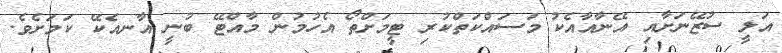
އަލީ ސުޒޭނަށާއި އޭނާއާއެކު މަސައްކަތްކުރި ޓީމަށްތޯ އެހުމުން މާއްޓޭ ބުނީ އާނއެކޭ ކަމަށެވެ.